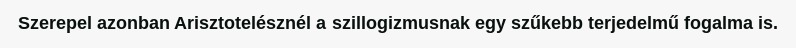
Szerepel azonban Arisztotelésznél a szillogizmusnak egy szűkebb terjedelmű fogalma is.